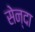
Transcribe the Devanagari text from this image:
सेन्दा